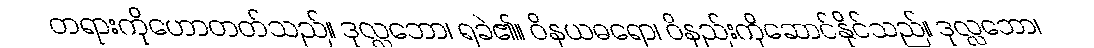
တရားကိုဟောတတ်သည်။ ဒုလ္လဘော၊ ရခဲ၏။ ဝိနယဓရော၊ ဝိနည်းကိုဆောင်နိုင်သည်။ ဒုလ္လဘော၊